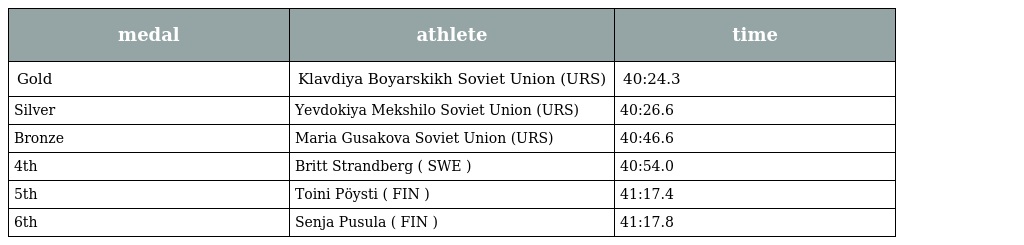
| medal | athlete | time |
 | --- | --- | --- |
 | Gold | Klavdiya Boyarskikh Soviet Union (URS) | 40:24.3 |
 | Silver | Yevdokiya Mekshilo Soviet Union (URS) | 40:26.6 |
 | Bronze | Maria Gusakova Soviet Union (URS) | 40:46.6 |
 | 4th | Britt Strandberg ( SWE ) | 40:54.0 |
 | 5th | Toini Pöysti ( FIN ) | 41:17.4 |
 | 6th | Senja Pusula ( FIN ) | 41:17.8 |